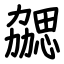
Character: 勰